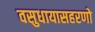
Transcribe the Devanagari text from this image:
वसुधायासहरणो